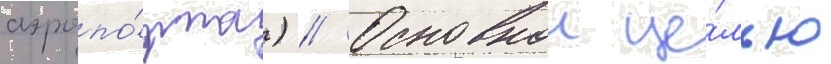
аэропо́рта) // Основнои це́лью